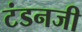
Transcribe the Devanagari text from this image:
टंडनजी